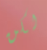
لكن